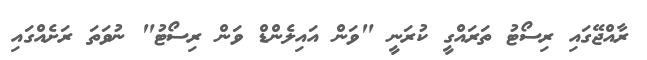
ރާއްޖޭގައި ރިސޯޓު ތަރައްގީ ކުރަނީ "ވަން އައިލެންޑް ވަން ރިސޯޓު" ނުވަތަ ރަށެއްގައި